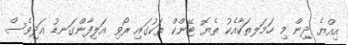
އިއްޔެ ދިން މި ހަމަލތަކާއެކު ތެޔޮ ޓޭންކް ތަކުގައި ރޯވި އަލިފާންގަނޑު އަދިވެސް